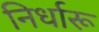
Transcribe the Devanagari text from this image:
निर्धारू